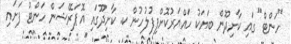
"ހަންޓް" ގައި ކާށިދޫން ބަޔަކު ހައްޔަރުކޮށްފިފުލުހުން ކ. ކާށިދޫގައި އޮޕަރޭޝަން ހަންޓް ފަށައި